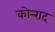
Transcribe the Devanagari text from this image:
कोन्‍राद